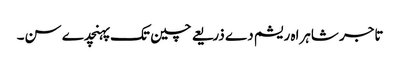
تاجر شاہراہ ریشم دے ذریعے چین تک پہنچدے سن۔